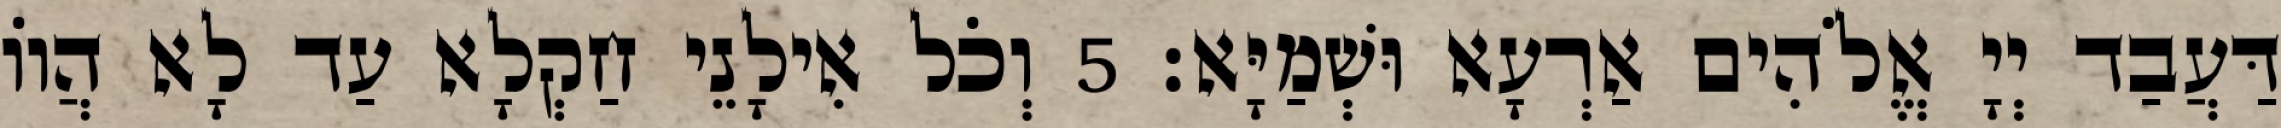
דַּעֲבַד יְיָ אֱלֹהִים אַרְעָא וּשְׁמַיָּא׃ 5 וְכֹל אִילָנֵי חַקְלָא עַד לָא הֲווֹ